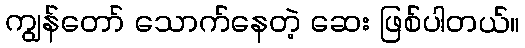
ကျွန်တော် သောက်နေတဲ့ ဆေး ဖြစ်ပါတယ်။